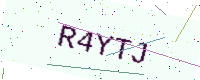
Text: R4YTJ